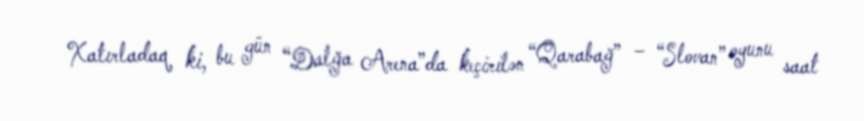
Xatırladaq ki, bu gün “Dalğa Arena”da keçirilən “Qarabağ” – “Slovan” oyunu saat